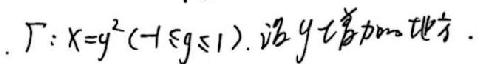
\(\Gamma : X = y^2 - xz \leqslant 0\)，求\(y\)增加的地方．